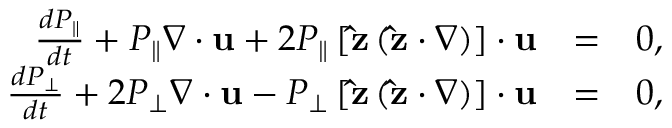
\begin{array} { r l r } { \frac { d P _ { \parallel } } { d t } + P _ { \parallel } \nabla \cdot { \bf u } + 2 P _ { \parallel } \left[ { \bf \hat { z } } \left( { \bf \hat { z } } \cdot \nabla \right) \right] \cdot { \bf u } } & { = } & { 0 , } \\ { \frac { d P _ { \perp } } { d t } + 2 P _ { \perp } \nabla \cdot { \bf u } - P _ { \perp } \left[ { \bf \hat { z } } \left( { \bf \hat { z } } \cdot \nabla \right) \right] \cdot { \bf u } } & { = } & { 0 , } \end{array}